Civil Veterinary Department Bihar & Orissa reports 1929-36 - 1929-1936
Year: 1929
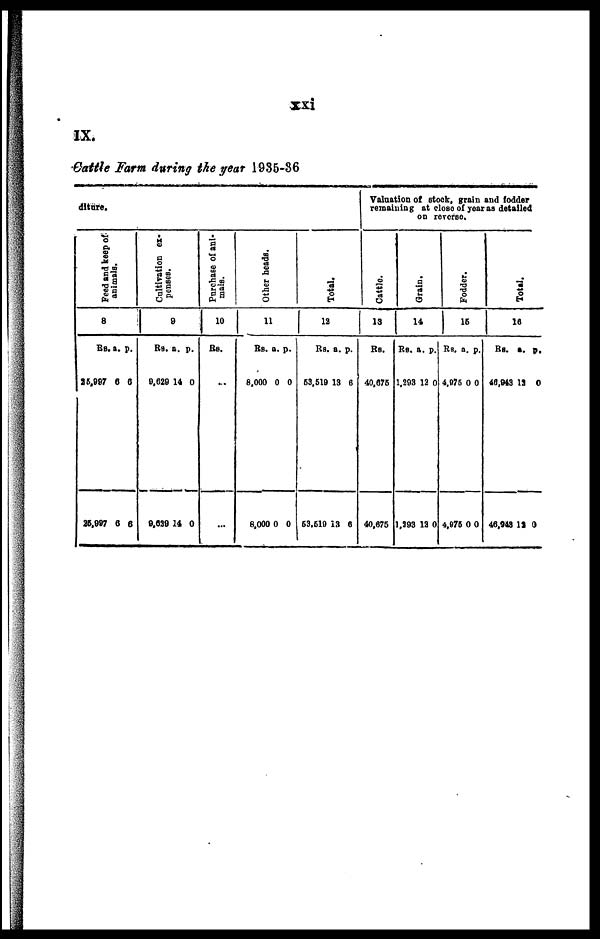
xxi
IX.
Cattle Farm during the year 1935-36
diture.
Feed and keep of
animals.
8
Rs.
25,997
25,997
a.
0
6
p.
0
6
Cultivation ex-
penses.
9
Rs.
9,629
9,629
a.
14
14
p.
0
0
Purchase of ani-
mals.
10
Rs.
...
...
Other beads.
11
Rs.
8,000
8,000
a.
0
0
p.
0
0
Total.
12
Rs.
53,519
53,519
a.
13
13
p.
6
6
Valuation of stock, grain and fodder
remaining at close of year as detailed
on reverse.
Cattle.
13
Rs.
40,675
40,675
Grain.
14
Rs.
1,293
1,193
a.
12
12
p.
0
0
Fodder.
15
Rs.
4,975
4,975
a.
0
0
p.
0
0
Tot al .
16
Rs.
48,943
46,948
a.
12
12
p.
0
0